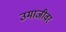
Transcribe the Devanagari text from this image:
उमाजीवर